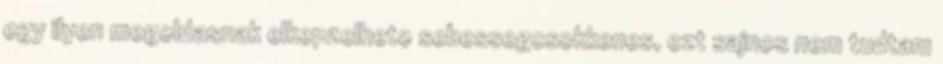
egy ilyen megoldasnak elkepzelheto sebessegcsokkenes, ezt sajnos nem tudtam